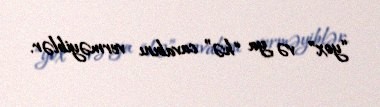
“yox” və ya “hə” cavabını verməyiblər.